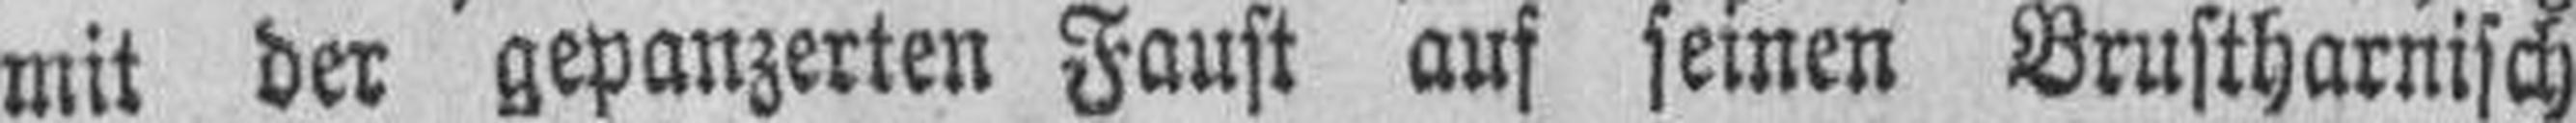
mit der gepanzerten Faust auf seinen Brustharnisch